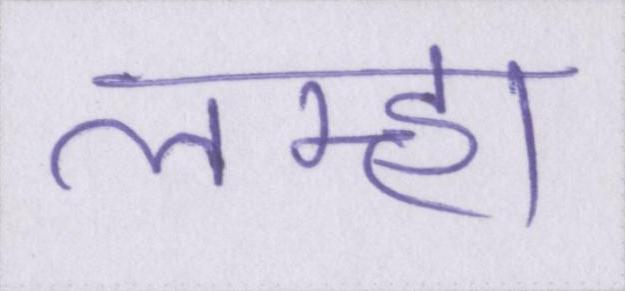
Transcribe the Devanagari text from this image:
लम्हा